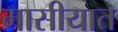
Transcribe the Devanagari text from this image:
मासीयात